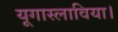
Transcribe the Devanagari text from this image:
यूगास्लाविया।